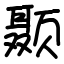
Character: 颞